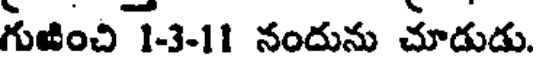
గుజించి 1-3-11 నందును చూడుడు.